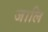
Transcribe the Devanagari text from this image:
जालि